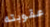
عقوبته